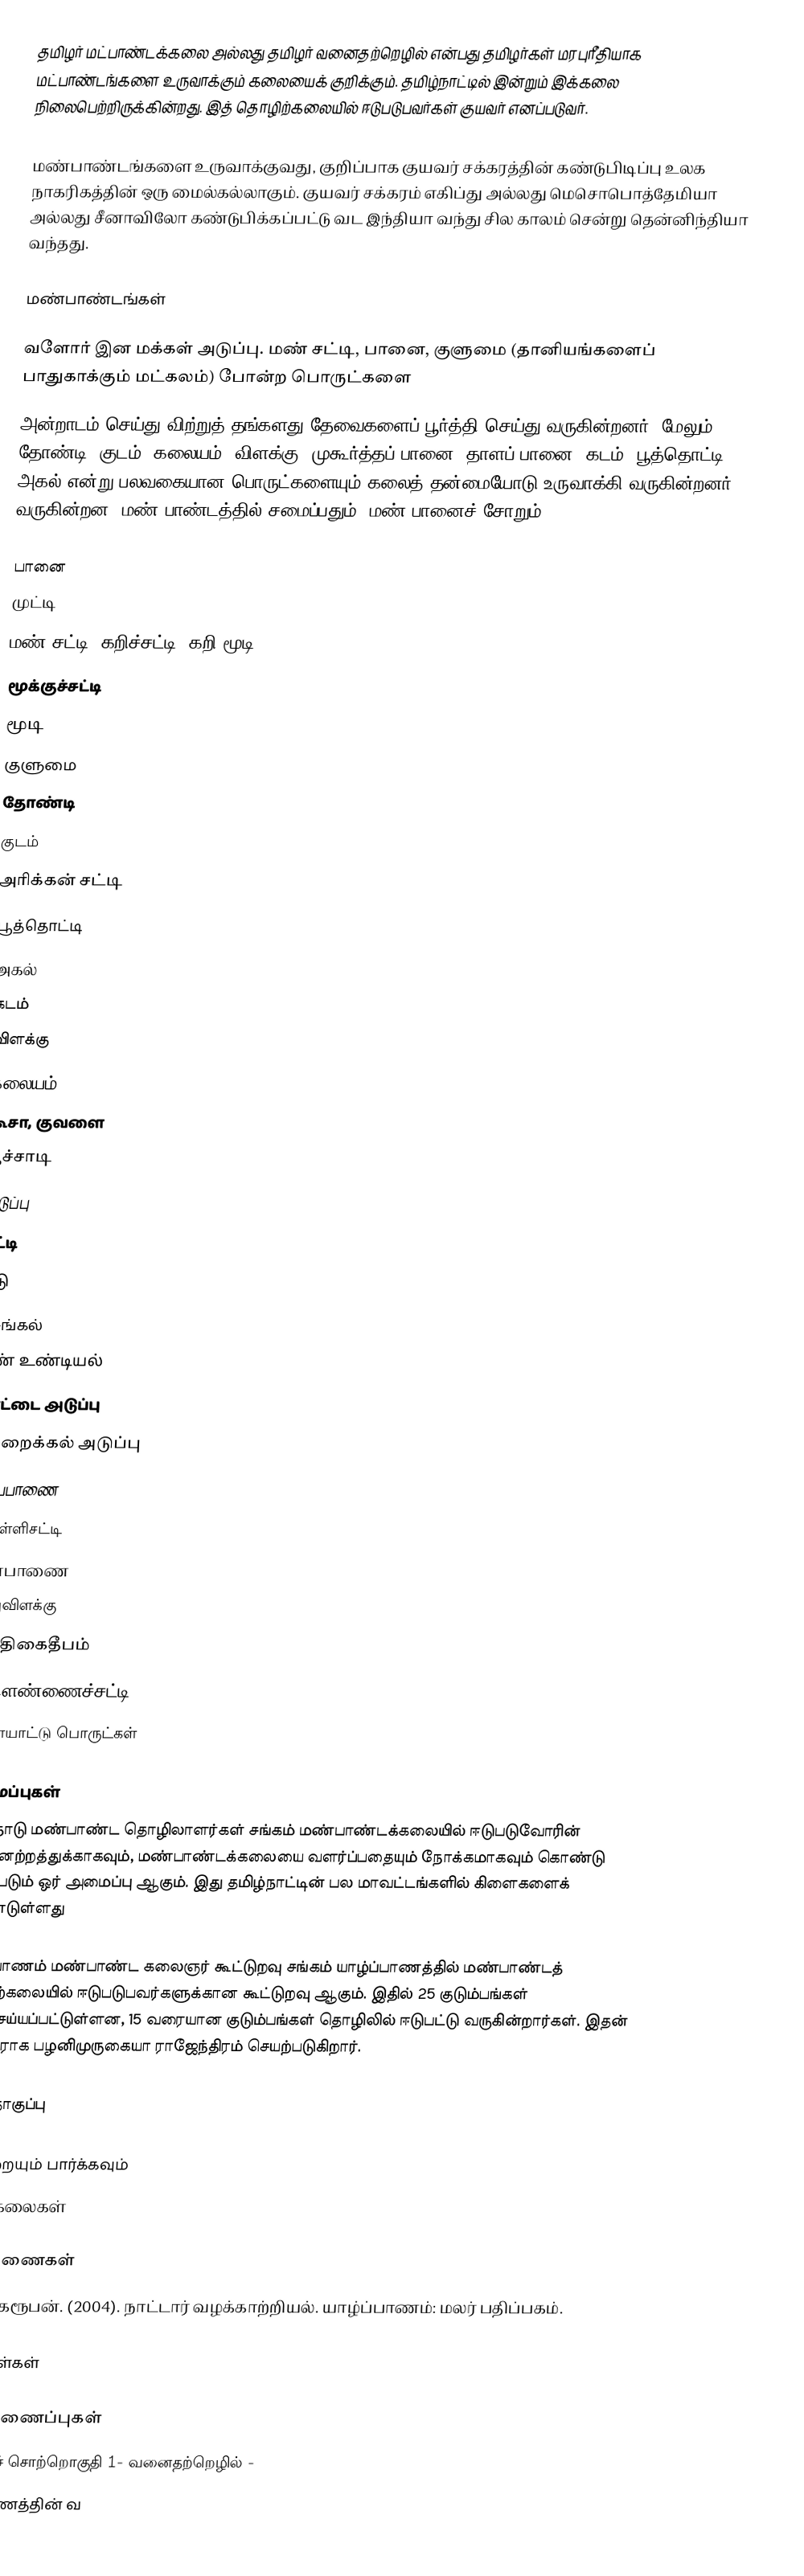
தமிழர் மட்பாண்டக்கலை அல்லது தமிழர் வனைதற்றெழில் என்பது தமிழர்கள் மரபுரீதியாக மட்பாண்டங்களை உருவாக்கும் கலையைக் குறிக்கும். தமிழ்நாட்டில் இன்றும் இக்கலை நிலைபெற்றிருக்கின்றது.  இத் தொழிற்கலையில் ஈடுபடுபவர்கள் குயவர் எனப்படுவர்.

மண்பாண்டங்களை உருவாக்குவது, குறிப்பாக குயவர் சக்கரத்தின் கண்டுபிடிப்பு உலக நாகரிகத்தின் ஒரு மைல்கல்லாகும். குயவர் சக்கரம் எகிப்து அல்லது மெசொபொத்தேமியா அல்லது சீனாவிலோ கண்டுபிக்கப்பட்டு வட இந்தியா வந்து சில காலம் சென்று தென்னிந்தியா வந்தது.

மண்பாண்டங்கள்

வளோர் இன மக்கள் அடுப்பு. மண் சட்டி, பானை, குளுமை (தானியங்களைப் பாதுகாக்கும் மட்கலம்) போன்ற பொருட்களை
அன்றாடம் செய்து விற்றுத் தங்களது தேவைகளைப் பூர்த்தி செய்து வருகின்றனர். மேலும், தோண்டி, குடம், கலையம், விளக்கு, முகூர்த்தப் பானை, தாளப் பானை, கடம், பூத்தொட்டி, அகல் என்று பலவகையான பொருட்களையும் கலைத் தன்மையோடு உருவாக்கி வருகின்றனர். வருகின்றன. மண் பாண்டத்தில் சமைப்பதும், மண் பானைச் சோறும்

 பானை
 முட்டி
 மண் சட்டி/*கறிச்சட்டி, கறி மூடி
 மூக்குச்சட்டி
 மூடி
 குளுமை
 தோண்டி
 குடம்
 அரிக்கன் சட்டி
 பூத்தொட்டி
 அகல்
 கடம்
 விளக்கு
 கலையம்
 கூசா, குவளை
 பூச்சாடி
 அடுப்பு
 சுட்டி
 ஓடு
 செங்கல்
 மண் உண்டியல்
 இரட்டை அடுப்பு
 ஒற்றைக்கல் அடுப்பு
 கும்பபாணை
 கொள்ளிசட்டி
 கண்பாணை
 குத்துவிளக்கு
 காத்திகைதீபம்
 எள்ளெண்ணைச்சட்டி
 விளையாட்டு பொருட்கள்

அமைப்புகள்
தமிழ்நாடு மண்பாண்ட தொழிலாளர்கள் சங்கம் மண்பாண்டக்கலையில் ஈடுபடுவோரின் முன்னேற்றத்துக்காகவும், மண்பாண்டக்கலையை வளர்ப்பதையும் நோக்கமாகவும் கொண்டு செயற்படும் ஒர் அமைப்பு ஆகும்.  இது தமிழ்நாட்டின் பல மாவட்டங்களில் கிளைகளைக் கொண்டுள்ளது

யாழ்ப்பாணம் மண்பாண்ட கலைஞர் கூட்டுறவு சங்கம் யாழ்ப்பாணத்தில் மண்பாண்டத் தொழிற்கலையில் ஈடுபடுபவர்களுக்கான கூட்டுறவு ஆகும்.  இதில் 25 குடும்பங்கள் பதிவுசெய்யப்பட்டுள்ளன, 15 வரையான குடும்பங்கள் தொழிலில் ஈடுபட்டு வருகின்றார்கள்.  இதன் தலைவராக பழனிமுருகையா ராஜேந்திரம் செயற்படுகிறார்.

படத் தொகுப்பு

இவற்றையும் பார்க்கவும்
 தமிழர் கலைகள்

உசாத்துணைகள்
 கி. விசாகரூபன். (2004). நாட்டார் வழக்காற்றியல்.  யாழ்ப்பாணம்: மலர் பதிப்பகம்.

மேற்கோள்கள்

வெளி இணைப்புகள்
 கைப்பணிச் சொற்றொகுதி 1- வனைதற்றெழில் -
 யாழ்ப்பாணத்தின் வ